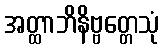
အတ္ထာဘိနိဗ္ဗတ္တေသုံ